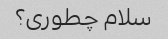
سلام چطوری؟